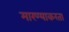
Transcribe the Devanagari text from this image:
मारण्याकरता